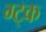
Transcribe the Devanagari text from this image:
ग्ट्क